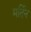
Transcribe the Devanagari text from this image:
मर्दिन